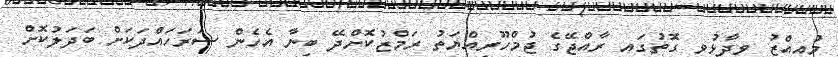
މުއިއްޒު ވިދާޅުވި ގޮތުގައި ރާއްޖޭގެ ޖުމްހޫރިއްޔަތު ރަމްޒުކޮށްދޭ ބިނާ އެހެން ސަރަހައްދަކަށް ބަދަލުކޮށް